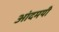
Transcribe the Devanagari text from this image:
आंदमयी